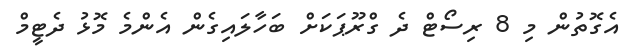
އެގޮތުން މި 8 ރިސޯޓް ދެ ގްރޫޕަކަށް ބަހާލައިގެން އެންމެ މޮޅު ދެޓީމް